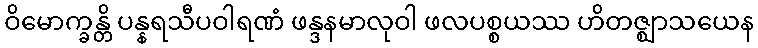
ဝိမောက္ခန္တိ ပန္နရသီပဝါရဏံ ဖန္ဒနမာလုဝါ ဖလပစ္စယဿ ဟိတဇ္ဈာသယေန